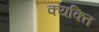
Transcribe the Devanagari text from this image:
क्यक्ति